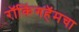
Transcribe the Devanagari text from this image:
रॉकिंगहॅमचा